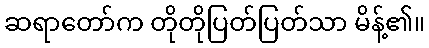
ဆရာတော်က တိုတိုပြတ်ပြတ်သာ မိန့်၏။